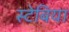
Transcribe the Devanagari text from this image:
स्टेबिया